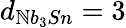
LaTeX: d_{\mathbb{N}b_{3}Sn}=3